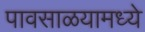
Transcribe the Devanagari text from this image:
पावसाळयामध्ये